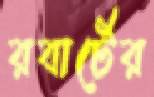
রবার্টের